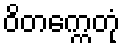
ဝိတက္ကေတုံ